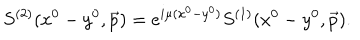
LaTeX: S ^ { ( 2 ) } ( x ^ { 0 } - y ^ { 0 } , \vec { p } ) = e ^ { i \mu ( x ^ { 0 } - y ^ { 0 } ) } S ^ { ( 1 ) } ( x ^ { 0 } - y ^ { 0 } , \vec { p } ) .